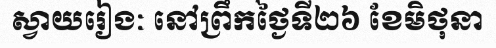
ស្វាយរៀងៈ នៅព្រឹកថ្ងៃទី២៦ ខែមិថុនា